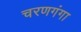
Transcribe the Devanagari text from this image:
चरणगंगा